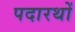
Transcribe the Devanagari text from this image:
पदारथों